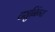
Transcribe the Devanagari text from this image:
ट्युनिंग्स